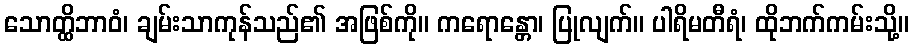
သောတ္ထိဘာဝံ၊ ချမ်းသာကုန်သည်၏ အဖြစ်ကို။ ကရောန္တော၊ ပြုလျက်။ ပါရိမတီရံ၊ ထိုဘက်ကမ်းသို့။